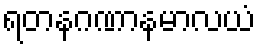
ရတနဂဏာနမာလယံ